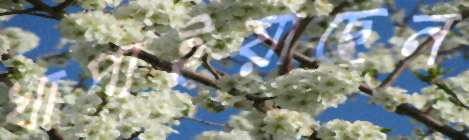
খাপাইয়াছেন